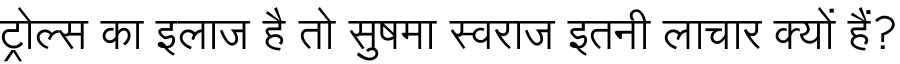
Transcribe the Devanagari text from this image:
ट्रोल्स का इलाज है तो सुषमा स्वराज इतनी लाचार क्यों हैं?